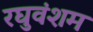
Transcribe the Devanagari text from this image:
रघुवंशम